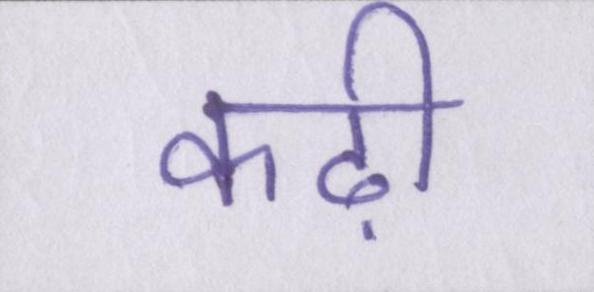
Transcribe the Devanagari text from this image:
कढ़ी